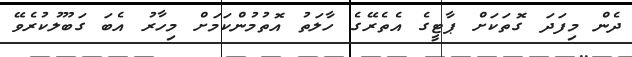
ދެން މިފަދަ ގޮތަކަށް ޕާޓީގެ އެތެރޭގެ ހާލަތު އޮތުމުންކަމަށް މިހާރު އެބަ ގަބޫލުކުރެވޭ